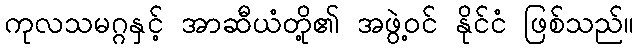
ကုလသမဂ္ဂနှင့် အာဆီယံတို့၏ အဖွဲ့ဝင် နိုင်ငံ ဖြစ်သည်။